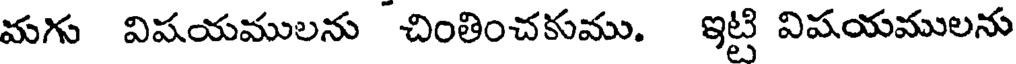
మగు విషయములను చింతించకుము. ఇట్టి విషయములను